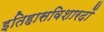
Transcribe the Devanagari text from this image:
इतिहासविशारदों